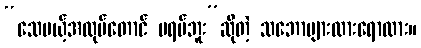
“သေမယ့်အလုပ်တောင် မရပ်ဘူး”ဆိုတဲ့ သဘောများထားရောလား။